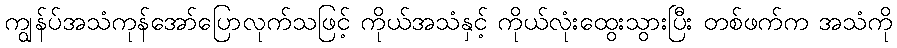
ကျွန်ပ်အသံကုန်အော်ပြောလုက်သဖြင့် ကိုယ်အသံနှင့် ကိုယ်လုံးထွေးသွားပြီး တစ်ဖက်က အသံကို